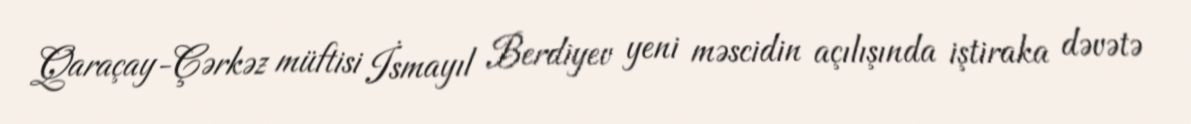
Qaraçay-Çərkəz müftisi İsmayıl Berdiyev yeni məscidin açılışında iştiraka dəvətə